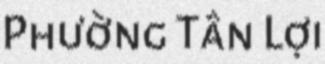
Phường Tân Lợi